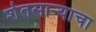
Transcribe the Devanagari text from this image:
शेतसार्‍याचा